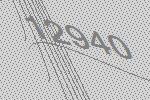
12940